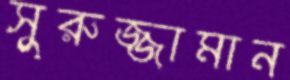
সুরুজ্জামান